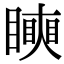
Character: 𥋢